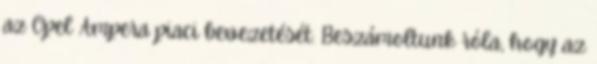
az Opel Ampera piaci bevezetését. Beszámoltunk róla, hogy az